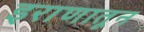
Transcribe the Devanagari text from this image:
इराणातून